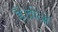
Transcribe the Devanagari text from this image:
हैं।वीओ